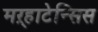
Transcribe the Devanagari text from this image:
मऱ्हाटेन्सिस